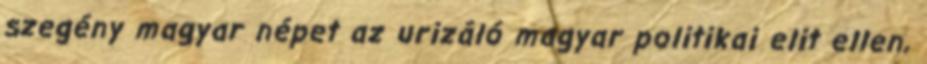
szegény magyar népet az urizáló magyar politikai elit ellen,